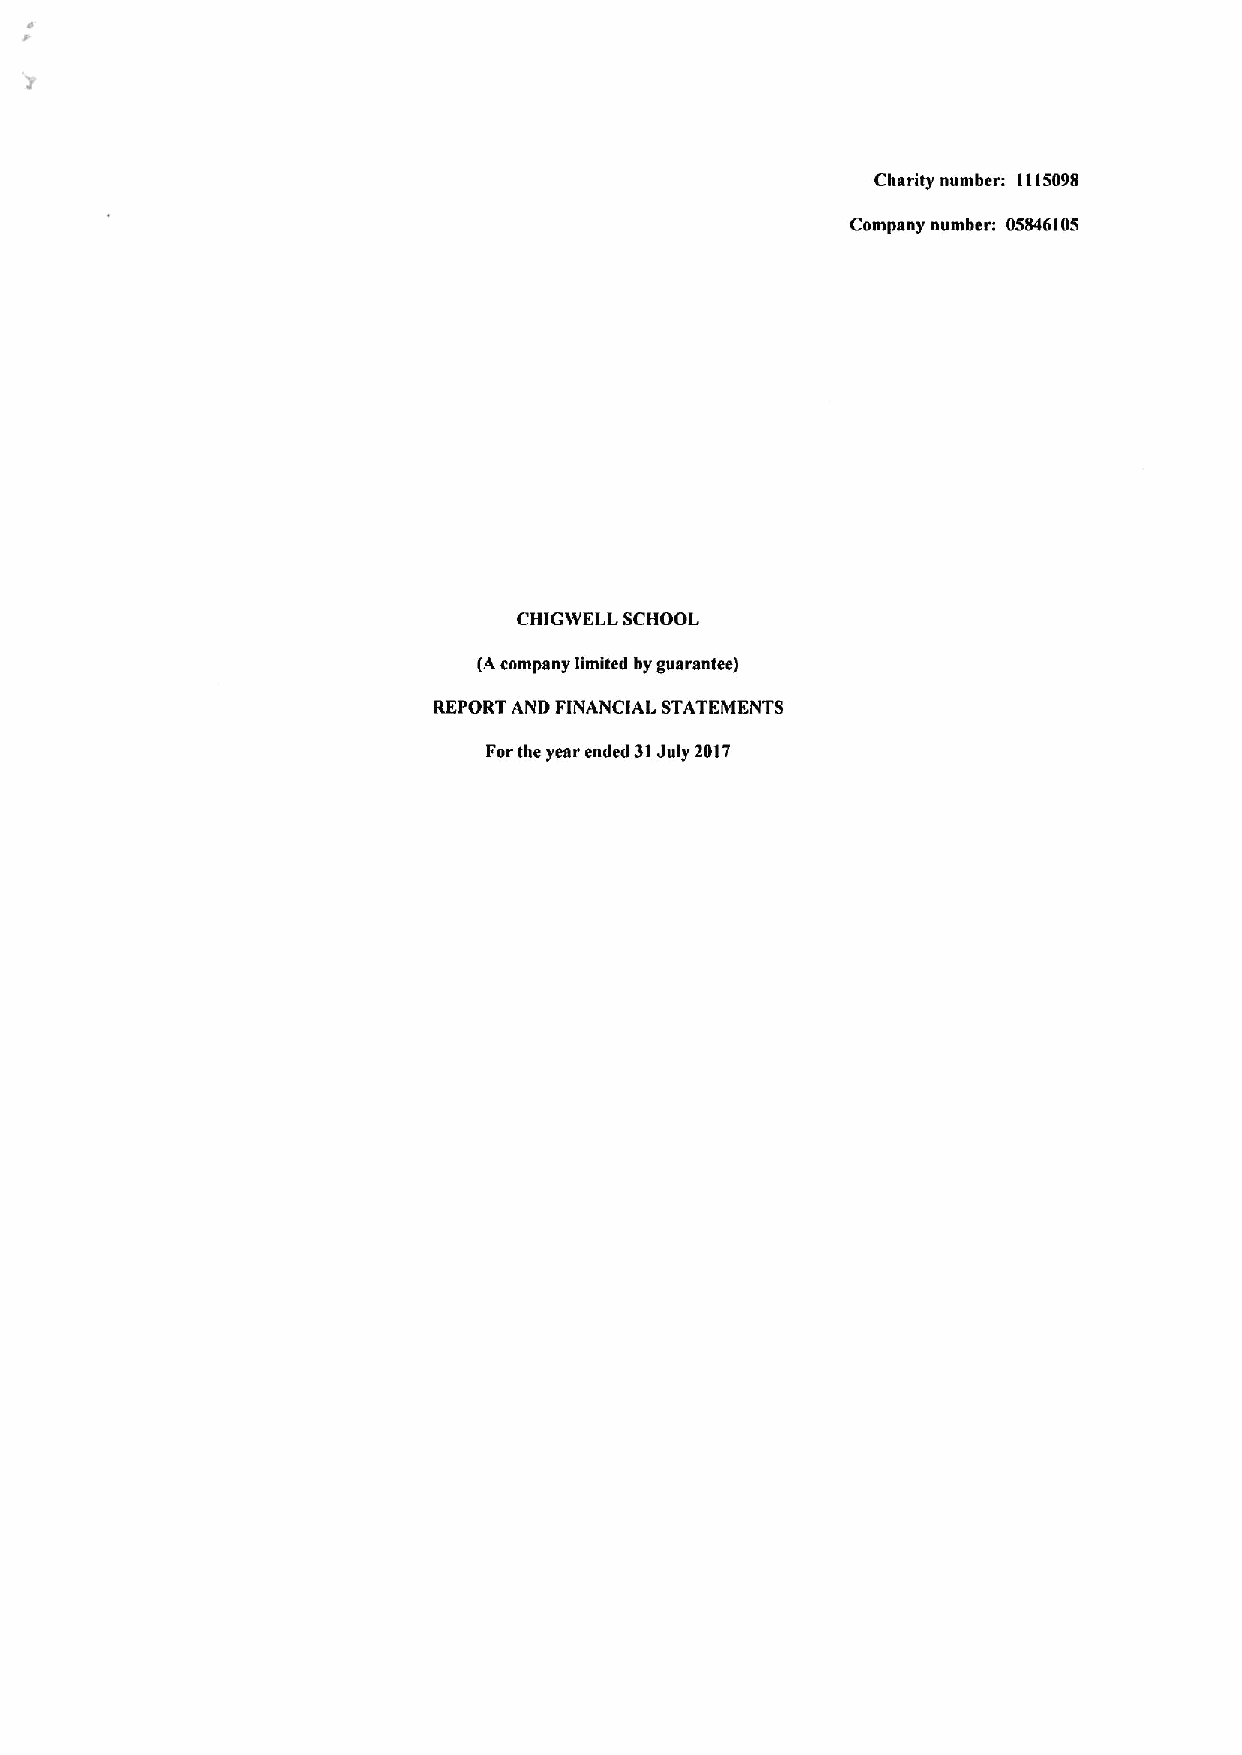
Charity number: 1115098
 Company number: 05846105
 CHIGWELL SCHOOL
 (Acompany limited by guarantee)
 REPORT AND FINANCIAL STATEMENTS
 Forthe year ended 31July 2017